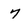
Character: 7